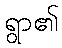
ရွာ၏